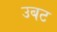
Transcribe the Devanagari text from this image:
उबट